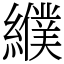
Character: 纀